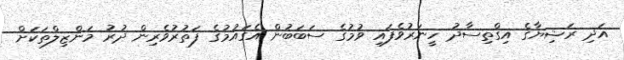
އަދި ރަޝިޔާގެ އިގްތިސާދު ހީނަރުވެފައި ވުމުގެ ސަބަބުން އެގައުމުގެ ފަތުރުވެރިން ދުރު މަންޒިލްތަކަށް